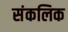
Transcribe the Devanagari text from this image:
संकलिक